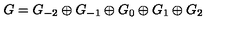
G = G _ { - 2 } \oplus G _ { - 1 } \oplus G _ { 0 } \oplus G _ { 1 } \oplus G _ { 2 }